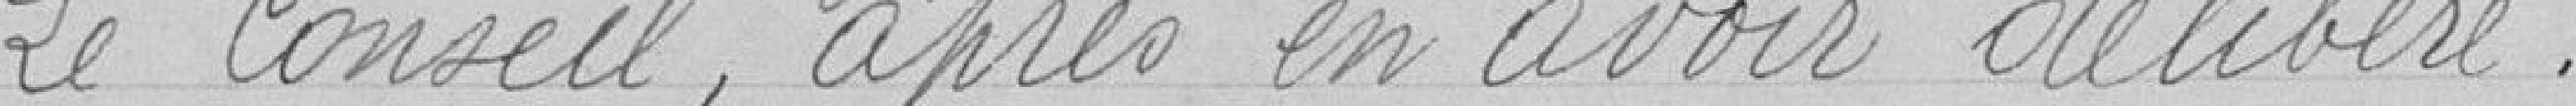
Le Conseil, après en avoir délibéré.